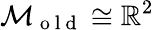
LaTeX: \mathcal{M}_{\mathrm{~o~l~d~}}\cong\mathbb{R}^{2}